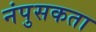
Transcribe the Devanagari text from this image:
नंपुसकता